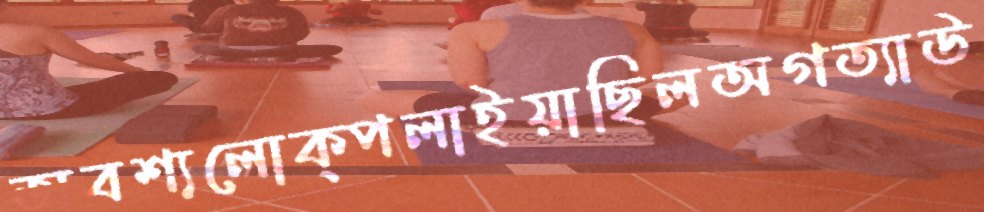
অবশ্যলোক্পলাইয়াছিলঅগত্যাউ